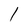
Character: l